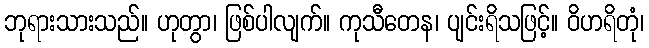
ဘုရားသားသည်။ ဟုတွာ၊ ဖြစ်ပါလျက်။ ကုသီတေန၊ ပျင်းရိသဖြင့်။ ဝိဟရိတုံ၊